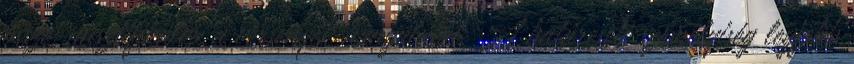
össze, misztifikálva a versenyek hangulatát. A határeseti személyiség legfőbb